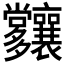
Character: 𡗑